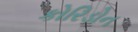
કોરિડોન